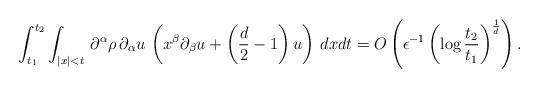
LaTeX: \begin{align*}\int_{t_1}^{t_2}\int_{|x|<t}\,\partial^{\alpha}\rho\,\partial_{\alpha}u\,\left(x^{\beta}\partial_{\beta}u+\left(\frac{d}{2}-1\right)u\right)\,dxdt=O\left(\epsilon^{-1}\left(\log{\frac{t_2}{t_1}}\right)^{\frac{1}{d}}\right).\end{align*}